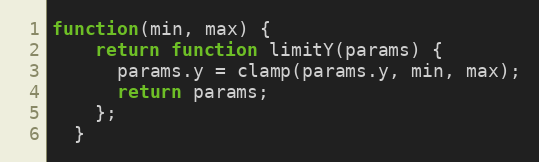
Language: JavaScript
function(min, max) {
    return function limitY(params) {
      params.y = clamp(params.y, min, max);
      return params;
    };
  }